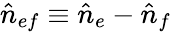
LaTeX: \hat{n}_{ef}\equiv\hat{n}_{e}-\hat{n}_{f}